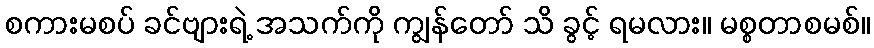
စကားမစပ် ခင်ဗျားရဲ့ အသက်ကို ကျွန်တော် သိ ခွင့် ရမလား။ မစ္စတာစမစ်။